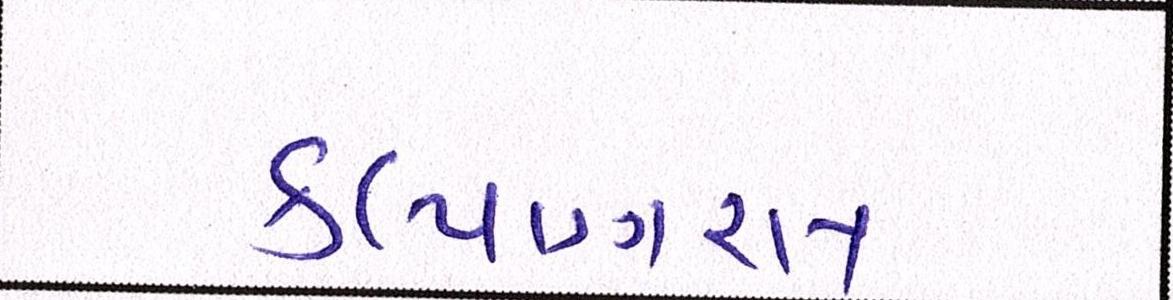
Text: કલ્યાણરાય